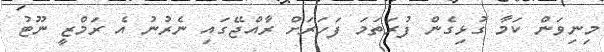
މިނިވަން ކަމާ ގުޅިގެން ފުރަތަމަ ފަހަރަށް ރާއްޖޭގައި ނެރުނު އެ ރަމްޒީ ނޫޓު